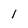
Character: l